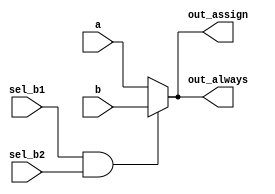
module top_module (
    input wire a,
    input wire b,
    input wire sel_b1,
    input wire sel_b2,
    output wire out_assign,
    output reg out_always
);
    // Implementing with assign statement
    assign out_assign = (sel_b1 && sel_b2) ? b : a;

    // Implementing with procedural always block
    always @(sel_b1 or sel_b2 or a or b) begin
        if (sel_b1 && sel_b2)
            out_always = b;
        else
            out_always = a;
    end
endmodule